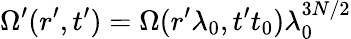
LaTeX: \Omega^{\prime}(r^{\prime},t^{\prime})=\Omega(r^{\prime}\lambda_{0},t^{\prime}t_{0})\lambda_{0}^{3N/2}